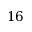
1 6